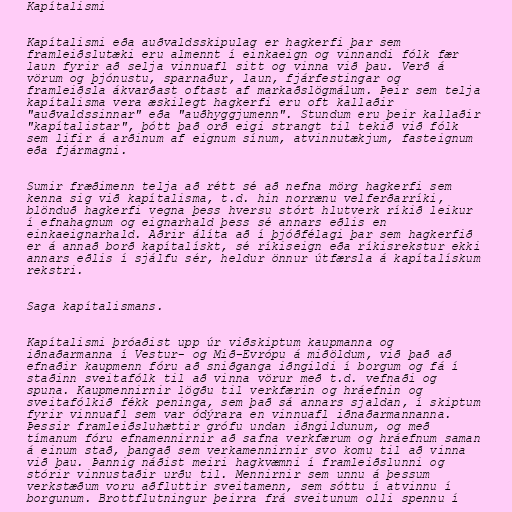
Kapítalismi

Kapítalismi eða auðvaldsskipulag er hagkerfi þar sem
framleiðslutæki eru almennt í einkaeign og vinnandi fólk fær
laun fyrir að selja vinnuafl sitt og vinna við þau. Verð á
vörum og þjónustu, sparnaður, laun, fjárfestingar og
framleiðsla ákvarðast oftast af markaðslögmálum. Þeir sem telja
kapítalisma vera æskilegt hagkerfi eru oft kallaðir
"auðvaldssinnar" eða "auðhyggjumenn". Stundum eru þeir kallaðir
"kapítalistar", þótt það orð eigi strangt til tekið við fólk
sem lifir á arðinum af eignum sínum, atvinnutækjum, fasteignum
eða fjármagni.

Sumir fræðimenn telja að rétt sé að nefna mörg hagkerfi sem
kenna sig við kapítalisma, t.d. hin norrænu velferðarríki,
blönduð hagkerfi vegna þess hversu stórt hlutverk ríkið leikur
í efnahagnum og eignarhald þess sé annars eðlis en
einkaeignarhald. Aðrir álíta að í þjóðfélagi þar sem hagkerfið
er á annað borð kapítalískt, sé ríkiseign eða ríkisrekstur ekki
annars eðlis í sjálfu sér, heldur önnur útfærsla á kapítalískum
rekstri.

Saga kapítalismans.

Kapítalismi þróaðist upp úr viðskiptum kaupmanna og
iðnaðarmanna í Vestur- og Mið-Evrópu á miðöldum, við það að
efnaðir kaupmenn fóru að sniðganga iðngildi í borgum og fá í
staðinn sveitafólk til að vinna vörur með t.d. vefnaði og
spuna. Kaupmennirnir lögðu til verkfærin og hráefnin og
sveitafólkið fékk peninga, sem það sá annars sjaldan, í skiptum
fyrir vinnuafl sem var ódýrara en vinnuafl iðnaðarmannanna.
Þessir framleiðsluhættir grófu undan iðngildunum, og með
tímanum fóru efnamennirnir að safna verkfærum og hráefnum saman
á einum stað, þangað sem verkamennirnir svo komu til að vinna
við þau. Þannig náðist meiri hagkvæmni í framleiðslunni og
stórir vinnustaðir urðu til. Mennirnir sem unnu á þessum
verkstæðum voru aðfluttir sveitamenn, sem sóttu í atvinnu í
borgunum. Brottflutningur þeirra frá sveitunum olli spennu í